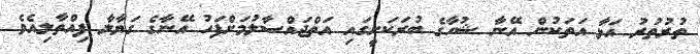
ތުރުތުރު އަޅާ އަތަކުން އޭނާ ޝުހާގެ ބުރަކަށީގައި އަތްޖައްސާލުމަށްފަހު އޭނާގެ ގަޔާލާ ފިއްތާލިއެވެ